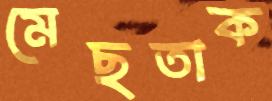
মেছতাক